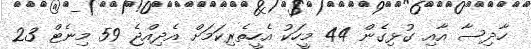
ހާދިސާ އާއި ގުޅިގެން 44 މީހަކު އެހީތެރިކަމަށް އެދިއްޖެ 59 މިނެޓް 23